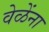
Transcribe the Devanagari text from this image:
वेळेंना